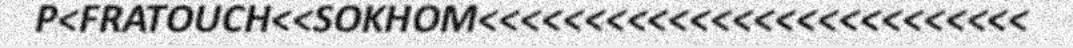
P<FRATOUCH<<SOKHOM<<<<<<<<<<<<<<<<<<<<<<<<<<